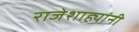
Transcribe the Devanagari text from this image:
राजेशाह्यांनी